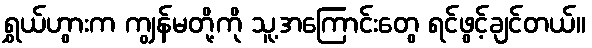
ရွှယ်ဟွားက ကျွန်မတို့ကို သူ့အကြောင်းတွေ ရင်ဖွင့်ချင်တယ်။